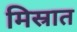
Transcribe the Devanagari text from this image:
मिस्रात